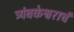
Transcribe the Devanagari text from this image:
त्र्यंबकेश्वराचं